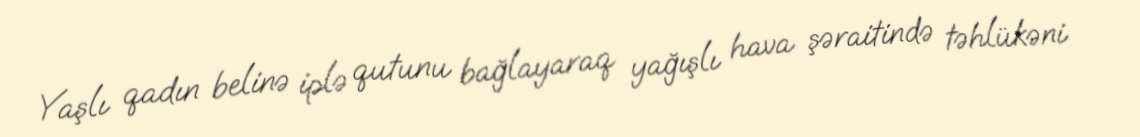
Yaşlı qadın belinə iplə qutunu bağlayaraq yağışlı hava şəraitində təhlükəni